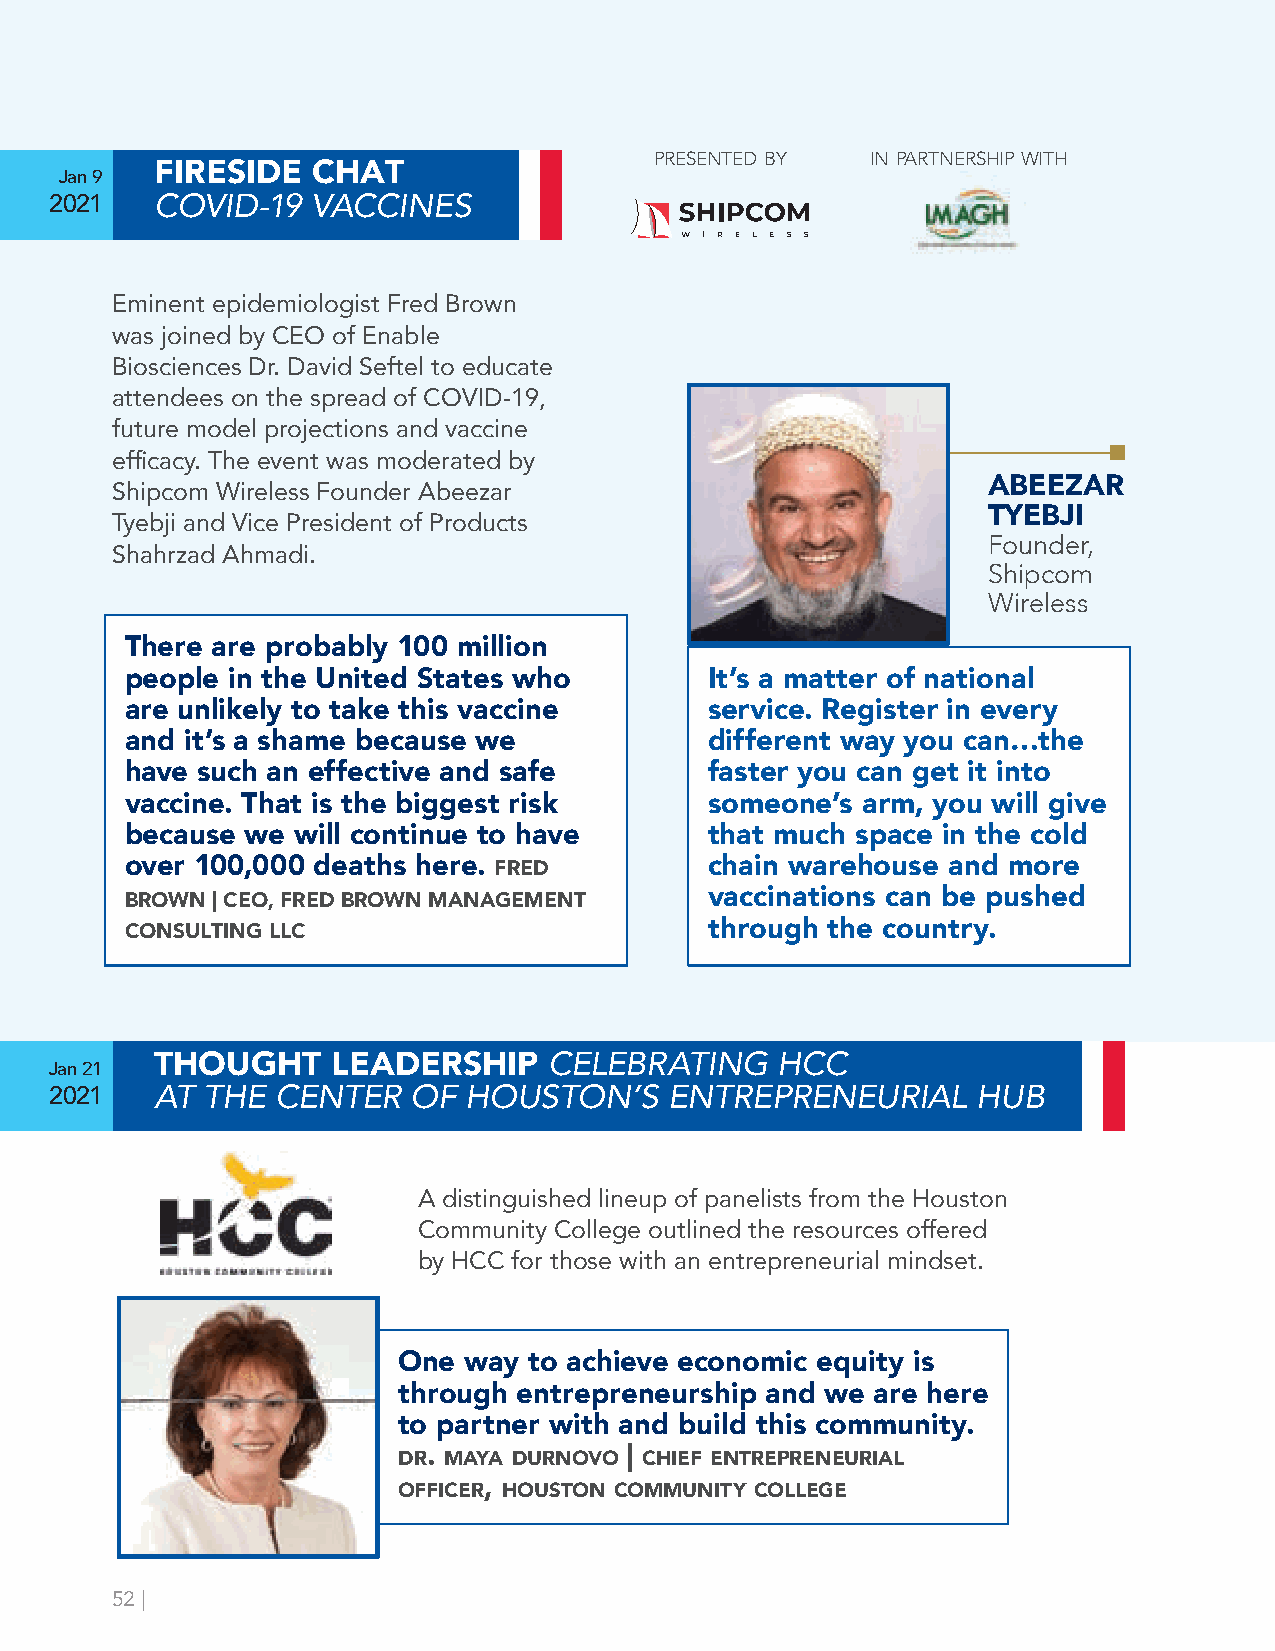
presented by   in partnership with
 FIRESIDE   CHAT
 Jan 9
 2021   COVID-19   VACCINES
 Eminent epidemiologist Fred Brown
 was joined by CEO of Enable
 Biosciences Dr. David Seftel to educate
 attendees on the spread of COVID-19,
 future model projections and vaccine
 efficacy. The event was moderated by
 Shipcom Wireless Founder Abeezar                          ABEEZAR
 TYEBJI
 Tyebji and Vice President of Products
 Founder,
 Shahrzad Ahmadi.
 Shipcom
 Wireless
 There are probably 100 million
 people in the United States who        It’s a matter of national
 are unlikely to take this vaccine      service. Register in every
 and it’s a shame because we            different way you can…the
 have such an effective and safe        faster you can get it into
 vaccine. That is the biggest risk      someone’s arm, you will give
 because we will continue to have       that much space in the cold
 over 100,000 deaths here. FRED         chain warehouse and more
 BROWN | CEO, FRED BROWN MANAGEMENT     vaccinations can be pushed
 CONSULTING LLC                         through the country.
 CELEBRATING    HCC
 THOUGHT     LEADERSHIP
 Jan 21
 2021   AT THE  CENTER   OF  HOUSTON’S    ENTREPRENEURIAL      HUB
 A distinguished lineup of panelists from the Houston
 Community College outlined the resources offered
 by HCC for those with an entrepreneurial mindset.
 One  way to achieve economic equity is
 through entrepreneurship and we are here
 to partner with and build this community.
 dr. maya durnovo | chief entrepreneurial
 officer, houston community college
 52 |